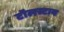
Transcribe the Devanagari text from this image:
टॉलस्टाय